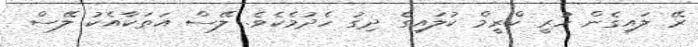
ރޭ ލައިގެން ހުރީ ކްރީމް ކުލައިގެ ދިގު ހެދުމެކެވެ. ލޭސް އަތަކާއެކު ލޭސް